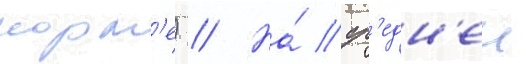
корм'е) // На́ ср'едн'еи